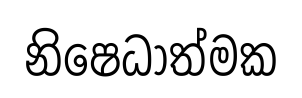
නිෂෙධාත්මක